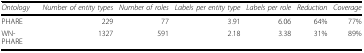
| Ontology | Number of entity types | Number of roles | Labels per entity type | Labels per role | Reduction | Coverage |
 | --- | --- | --- | --- | --- | --- | --- |
 | PHARE | 229 | 77 | 3.91 | 6.06 | 64% | 77% |
 | WN-PHARE | 1327 | 591 | 2.18 | 3.38 | 31% | 89% |